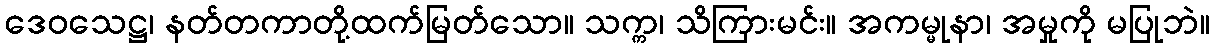
ဒေဝသေဋ္ဌ၊ နတ်တကာတို့ထက်မြတ်သော။ သက္က၊ သိကြားမင်း။ အကမ္မုနာ၊ အမှုကို မပြုဘဲ။